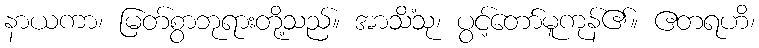
နာယကာ၊ မြတ်စွာဘုရားတို့သည်။ အာသိံသု၊ ပွင့်တော်မူကုန်၏။ ဧတရဟိ၊